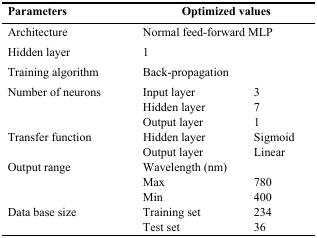
<table><thead><tr><td><b>Parameters</b></td><td colspan="2"><b>Optimized values</b></td></tr></thead><tbody><tr><td>Architecture</td><td colspan="2">Normal feed-forward MLP</td></tr><tr><td>Hidden layer</td><td colspan="2">1</td></tr><tr><td>Training algorithm</td><td colspan="2">Back-propagation</td></tr><tr><td rowspan="3">Number of neurons</td><td>Input layer</td><td>3</td></tr><tr><td>Hidden layer</td><td>7</td></tr><tr><td>Output layer</td><td>1</td></tr><tr><td rowspan="2">Transfer function</td><td>Hidden layer</td><td>Sigmoid</td></tr><tr><td>Output layer</td><td>Linear</td></tr><tr><td rowspan="3">Output range</td><td>Wavelength (nm)</td><td></td></tr><tr><td>Max</td><td>780</td></tr><tr><td>Min</td><td>400</td></tr><tr><td rowspan="2">Data base size</td><td>Training set</td><td>234</td></tr><tr><td>Test set</td><td>36</td></tr></tbody></table>